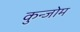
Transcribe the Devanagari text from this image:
कुन्जोम